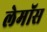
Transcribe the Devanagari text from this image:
लेमॉस